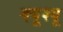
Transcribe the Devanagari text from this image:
क्यूश्यू